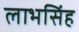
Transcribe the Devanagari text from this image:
लाभसिंह